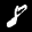
Label: 8